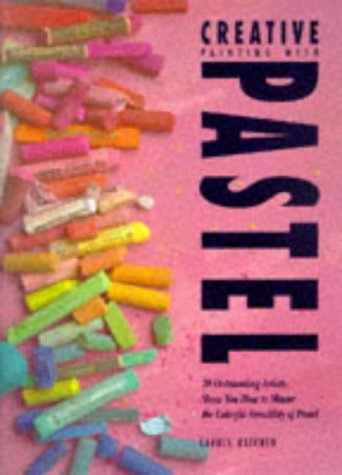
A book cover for Creative Painting with Pastel; Carole Katchen; Arts & Photography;